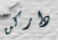
داركن